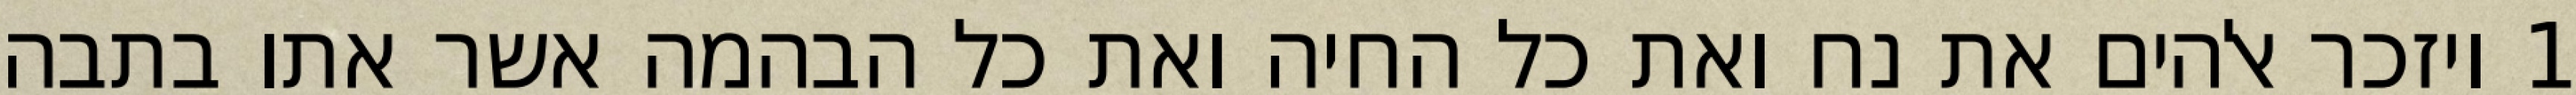
1 ויזכר אלהים את נח ואת כל החיה ואת כל הבהמה אשר אתו בתבה